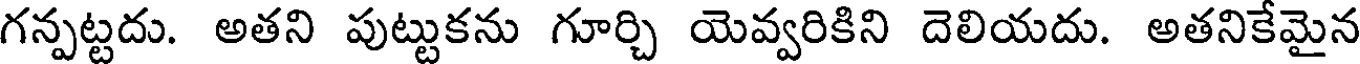
గన్పట్టదు. అతని పుట్టుకను గూర్చి యెవ్వరికిని దెలియదు. అతనికేమైన